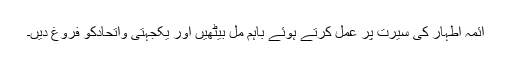
آئمہ اطہار ؑکی سیرت پر عمل کرتے ہوئے باہم مل بیٹھیں اور یکجہتی واتحادکو فروغ دیں۔